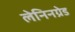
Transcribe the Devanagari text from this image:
लेनिनग्रेड